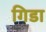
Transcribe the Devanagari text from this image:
गिडा